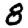
Digit: 8